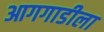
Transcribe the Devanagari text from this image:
आगगाडीला